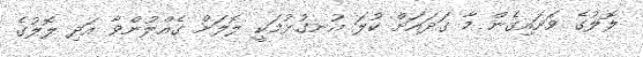
ލޮލުގެ ވަށައިގެން މާ ގަދައަށް ކުލަ އުނގުޅުމަކީ ލޮލަށް ގެއްލުންވާ އަދި ލޮލުގެ